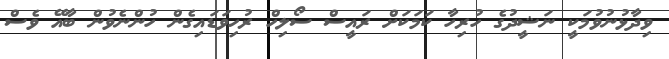
ވިދާޅުނުވުމަކީ ނަޝީދުގެ ހުރިހާ ކަމަކަށް ރައީސް ސޯލިހް ރުހިވަޑައިގެން ހުންނެވުން ބާއޭ ވެސް